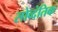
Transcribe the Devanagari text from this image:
सोव्दंतिक